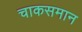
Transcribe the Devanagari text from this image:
चाकसमान